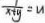
\frac { 1 } { x + y } = u